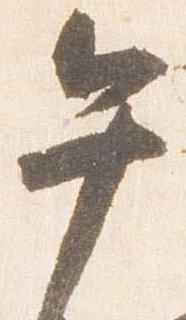
午